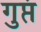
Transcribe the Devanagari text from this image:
गुप्तं